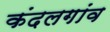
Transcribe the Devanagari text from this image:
कंदलगांव